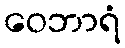
ဝေဘာရံ